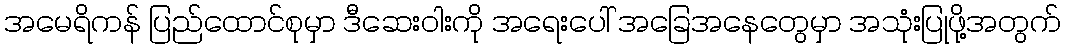
အမေရိကန် ပြည်ထောင်စုမှာ ဒီဆေးဝါးကို အရေးပေါ် အခြေအနေတွေမှာ အသုံးပြုဖို့အတွက်